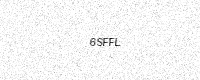
Text: 6SFFL